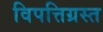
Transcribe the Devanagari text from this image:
विपत्तिग्रस्त